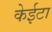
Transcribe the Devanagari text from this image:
केईटा